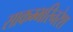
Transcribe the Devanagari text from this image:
साकम्भरिनरेश